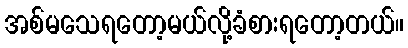
အစ်မသေရတော့မယ်လို့ခံစားရတော့တယ်။